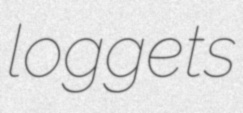
loggets